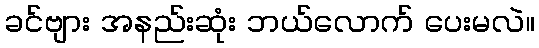
ခင်ဗျား အနည်းဆုံး ဘယ်လောက် ပေးမလဲ။